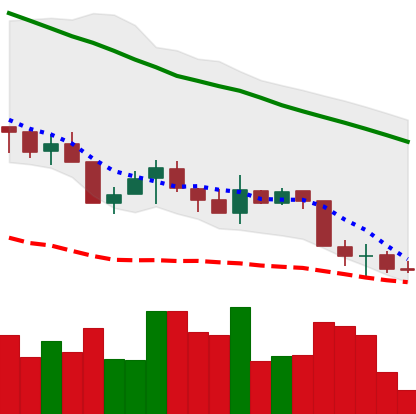
Ticker: XMR-USD
Chart end date: 2018-05-26
Forward return: -5.485%
Label: down_5_7